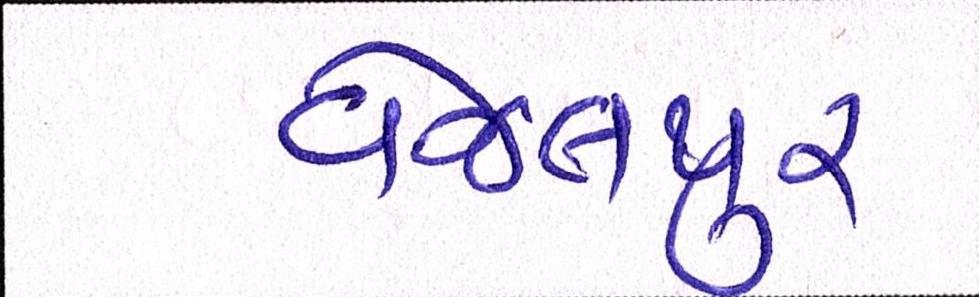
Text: વેજલપુર